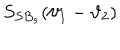
S _ { S B _ { s } } ( \vartheta _ { 1 } - \vartheta _ { 2 } )